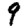
Digit: 9